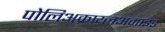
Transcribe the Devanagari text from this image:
पोलिअक्राय्लअमाइड